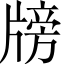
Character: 牓